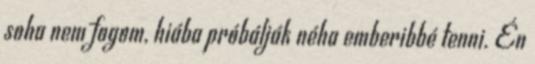
soha nem fogom, hiába próbálják néha emberibbé tenni. Én